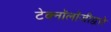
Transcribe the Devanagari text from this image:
टेक्‍नॉलॉजीद्वारे